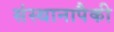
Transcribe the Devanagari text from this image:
संस्थानापैकी